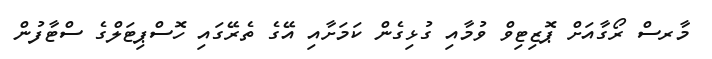
މާރސް ރޯގާއަށް ޕޮޒިޓިވް ވުމާއި ގުޅިގެން ކަމަށާއި އޭގެ ތެރޭގައި ހޮސްޕިޓަލްގެ ސްޓާފުން